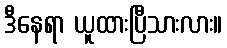
ဒီနေရာ ယူထားပြီသားလား။